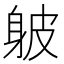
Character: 𨈵